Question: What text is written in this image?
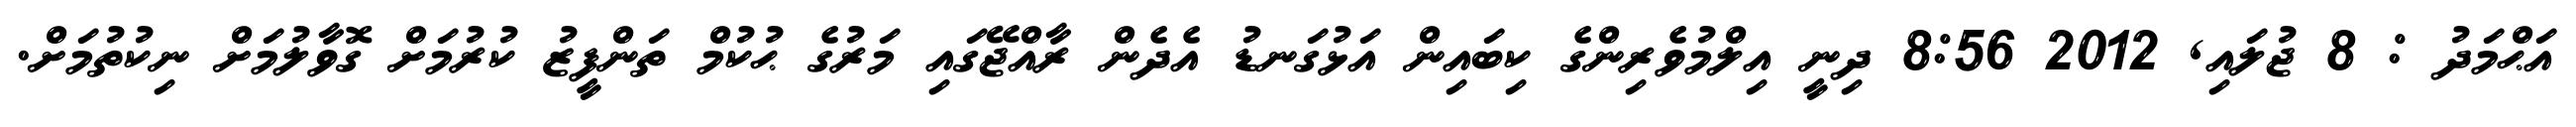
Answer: އަޙްމަދު : 8 ޖުލައި, 2012 8:56 ދިނީ އިލްމުވެރިންގެ ކިބައިން އަޅުގަނޑު އެދެން ރާއްޖޭގައި މަރުގެ ޙުކުމް ތަންފީޒު ކުރުމަށް ގޮވާލުމަށް ނިކުތުމަށް.